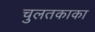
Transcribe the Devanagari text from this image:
चुलतकाका